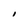
Character: I